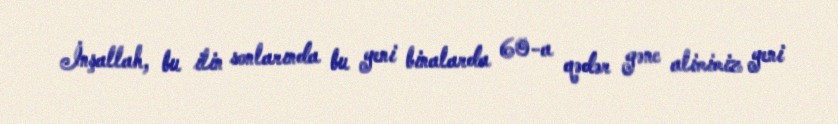
İnşallah, bu ilin sonlarında bu yeni binalarda 60-a qədər gənc alimimiz yeni